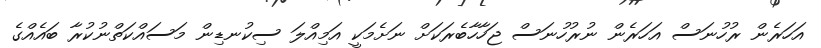
އަހަރެން ރުހުނަސް އަހަރެން ނުރުހުނަސް ޖަހާހާބެރަކަށް ނަށެމަކީ އަމިއްލަ ސިކުނޑިން މަސައްކަތްނުކުރާ ބައެއްގެ